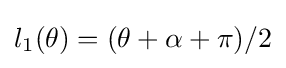
l_{1}(\theta )=(\theta +\alpha +\pi )/2